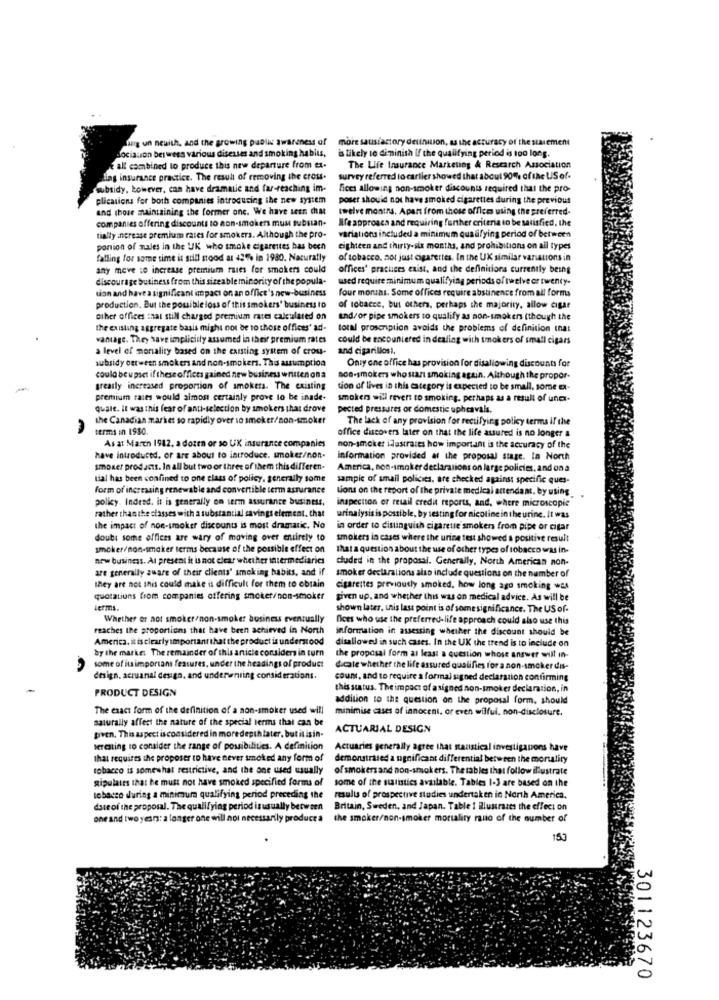
lng un newith, and the growing public awareness of
more sausiastory definition, as the accuracy of the statement
dociation beiwess various diseases and smoking habits,
is likely to diminish If the qualifying period is too long.
all combined to produce this new departure from ex-
The Life Insurance Marketing & Research Association
Ling insurance practice. The result of removing the cross-
survey referred to carlier showed that about 90% of the US of.
wbsidy, however, can have dramatic and far-reaching im-
fices allowing non-smoker discounts required that the pro-
plications for both companies introducing the new system
poser should not have smoked cigarettes during the previous
and those maintaining the former one. We have seen chat
twelve months. Apart from those offices using the preferred.
companies offering discounts to non-smokers muss substan-
life approsca and requiring further criteria to be satisfied, the
tially angrease premium rates for smokers. Although the pro-
variations included a minimum qualifying period of between
portion of mules in the UK who smoke cigarettes has been
eighteen and thirty-six months, and prohibitions on ail types
falling for some time is still stood at 43% in 1980. Naturally
of tobacco, not just cigarettes. In the UK similar variations in
any move :o increase premium rules for smokers could
offices' practices exist, and the definitions currently being
discourage business from this sizeable minority of the popula-
used require minimum qualifying periods of twelve or twenty-
tion and have a significant impact on an office's new-business
four months. Some offices require abstinence from all forms
production. But the possible loss of this smokers' business to
of tobacce, but others, perhaps the majority, allow cigar
other offices that still charged premium rates calculated on
and/ or pipe smokers to qualify as non-smokers (though the
the existing aggregate basis might not be to those offices' ad-
total proscnplion avoids the problems of definition inat
vantage. They have implicitly assumed in their premium rates
could be encountered in dealing with smokers of small cigars
a level of morality based on the existing system of crou-
and cigarillosi.
subsidy between smokers and non-smokers. This assumption
Only one office has provision for disallowing discounts for
could be upset if these offices gained new business written on a
son-smoken who start smoking again. Although the propor-
greatly increased proportion of smokers. The existing
tion of lives in this category is expected to be small, some ea-
premium rates would almost certainly prove lo be inade-
smokers will revert to smoking, perhaps as a result of unex-
quale. It was this fear of anti-selection by smokers that drove
pected pressures or domestic upheavala.
the Canadian market so rapidly over so smoker/non-smoker
The lack of any provision for rectifying policy terms If the
terms in 1980.
office discovers later on that the life assured is no longer &
As at March 1942, a dozen or so UK insurance companies
non-smoker illustrates how important is the accuracy of the
have introduced, or are about to introduce. smoker/non-
information provided at the proposal stage. In North
smoker products. In all but two or three of them this differen-
America, non-smoker declarations on large policies, and ona
tial has been confined to one class of policy, generally some
sampic of small policies, are checked against specific ques-
form of increasing renewable and convertible term assurance
Lions on the report of the private medical attendant. by using
policy. Indeed, it is generally on term assurance business,
inspection of retail credit reports, and, where microscopie
rather than the classes with a substantial savings element. that
urinalysis is possible, by sesting for nicoline in the urine. It was
the impact of non-smoker discounts is most dramatic. No
in order to distinguish cigarette'smokers from pipe or cigar
doubt some offices are wary of moving over entirely to
smokers in cases where the urine test showed a positive result
smoker/non-smaker terms because of the possible effect on
that a question about the use of other types of tobacco was in.
new business. At present it is not clear whether intermediaries
cluded in the proposal. Generally, North American non-
are generally aware of their clients' smoking habits, and if
smoker declarations also include questions on the number of
they are not this could make it difficult for them to obtain
cigarettes previously smoked. how long ago smoking was
quotations from companies offering smoker/non-smoker
given up, and whether this was on medical advice. As will be
terms.
shown later, this last point is of some significance. The US of-
Whether or not smoker/non-smoker business eventually
fices who use the preferred-life approach could also use this
reaches the proportions that have been achieved in North
information in assessing whether the discount should be
America, it is clearly important that the product is understood
disallowed in such cases. In the UK the trend is to include on
by the marke: The remainder of this article considers in turn
the proposal form at least a question whose answer will in-
some of its important features, under the headings of product
dicate whether the life assured qualifies for a non-smoker dis-
design, actuarial design, and underwriting considerations.
count, and to require a formal signed declaration confirming
PRODUCT DESIGN
this status. The impact of asigned non-smoker declaration, in
addition to the question on the proposal form. should
The exact form of the definition of a non-smoker used will
minimise cases of innocent, or even wilful, non-disclosure.
naturally affect the nature of the special terms that can be
ACTUARIAL DESIGN
given. This aspect is considered in moredepth later. but it isin-
teresting to consider the range of possibilities. A definition
Actuaries generally agree that statistical investigapons have
that requires the proposer to have never smoked any form of
demonstrated a magnificant differential between the mortality
tobacco is somewhat restrictive, and the one used usually
of smokersand non-smokers. The tables that follow illustrate
Ripulates that he must not have smoked specified forms of
some of the statistics available. Tables 1-3 are based on the
tobacco during a minimuma qualifying period preceding the
results of prospective studies undertaken in North America.
date of the proposal. The qualifying period is usually between
Britain, Sweden, and Japan. Table ! Blustraces the effect on
one and two years: a longer one will not necessarily produce a
the smoker/non-smoker mortality ratio of the number of
153
301123670